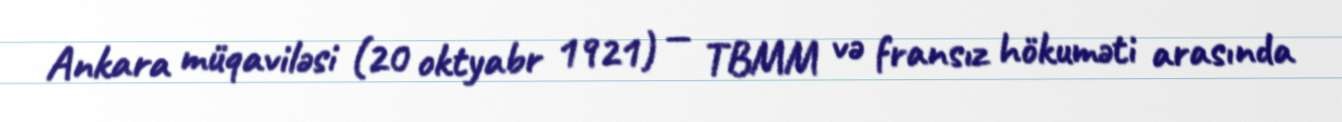
Ankara müqaviləsi (20 oktyabr 1921) — TBMM və fransız hökuməti arasında